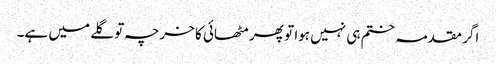
اگر مقدمہ ختم ہی نہیں ہوا تو پھر مٹھائی کا خرچہ تو گلے میں ہے۔